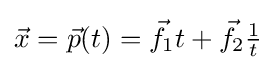
{\vec {x}}={\vec {p}}(t)={\vec {f}}_{1}t+{\vec {f}}_{2}{\tfrac {1}{t}}